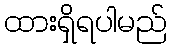
ထားရှိရပါမည်